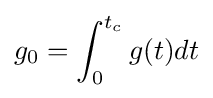
g_{0}=\int _{0}^{t_{c}}{g(t)dt}